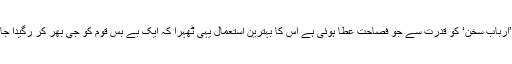
تاہم ’اربابِ سخن‘ کو قدرت سے جو فصاحت عطا ہوئی ہے اس کا بہترین استعمال یہی ٹھہرا کہ ایک بے بس قوم کو جی بھر کر رگیدا جائے!